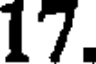
17.